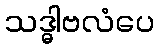
သဒ္ဓါဗလံပေ